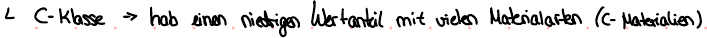
C-Klasse -> hab einen niedrigen Wertanteil mit vielen Matrialarten (C-Materialien)